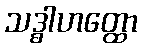
သဒ္ဓါဟတ္ထော